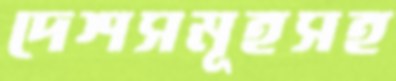
দেশসমূহসহ